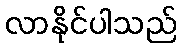
လာနိုင်ပါသည်